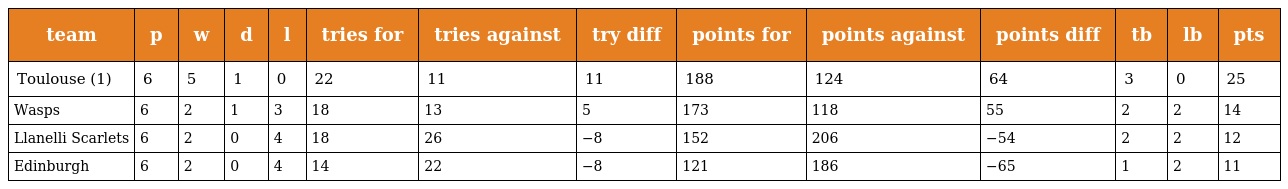
| team | p | w | d | l | tries for | tries against | try diff | points for | points against | points diff | tb | lb | pts |
 | --- | --- | --- | --- | --- | --- | --- | --- | --- | --- | --- | --- | --- | --- |
 | Toulouse (1) | 6 | 5 | 1 | 0 | 22 | 11 | 11 | 188 | 124 | 64 | 3 | 0 | 25 |
 | Wasps | 6 | 2 | 1 | 3 | 18 | 13 | 5 | 173 | 118 | 55 | 2 | 2 | 14 |
 | Llanelli Scarlets | 6 | 2 | 0 | 4 | 18 | 26 | −8 | 152 | 206 | −54 | 2 | 2 | 12 |
 | Edinburgh | 6 | 2 | 0 | 4 | 14 | 22 | −8 | 121 | 186 | −65 | 1 | 2 | 11 |